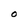
Character: O